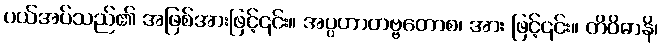
ပယ်အပ်သည်၏ အဖြစ်အားဖြင့်၎င်း။ အပ္ပဟာတဗ္ဗတောစ၊ အား ဖြင့်၎င်း။ တိဝိဓာနိ၊